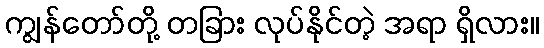
ကျွန်တော်တို့ တခြား လုပ်နိုင်တဲ့ အရာ ရှိလား။